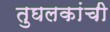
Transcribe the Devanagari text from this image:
तुघलकांची